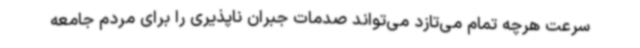
سرعت هرچه تمام می‌تازد می‌تواند صدمات جبران ناپذیری را برای مردم جامعه